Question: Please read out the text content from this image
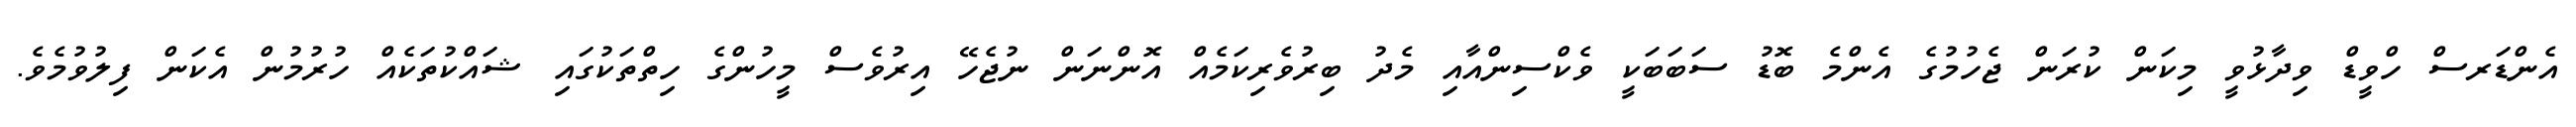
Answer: އެންޑަރސް ހްވީޑް ވިދާޅުވީ މިކަން ކުރަން ޖެހުމުގެ އެންމެ ބޮޑު ސަބަބަކީ ވެކްސިންއާއި މެދު ބިރުވެރިކަމެއް އޮންނަން ނުޖެހޭ އިރުވެސް މީހުންގެ ހިތްތަކުގައި ޝައްކުތަކެއް ހުރުމުން އެކަން ފިލުވުމެވެ.